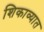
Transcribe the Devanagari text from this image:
शिकाव्यात